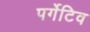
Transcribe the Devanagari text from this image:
पर्गेटिव